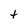
Character: t